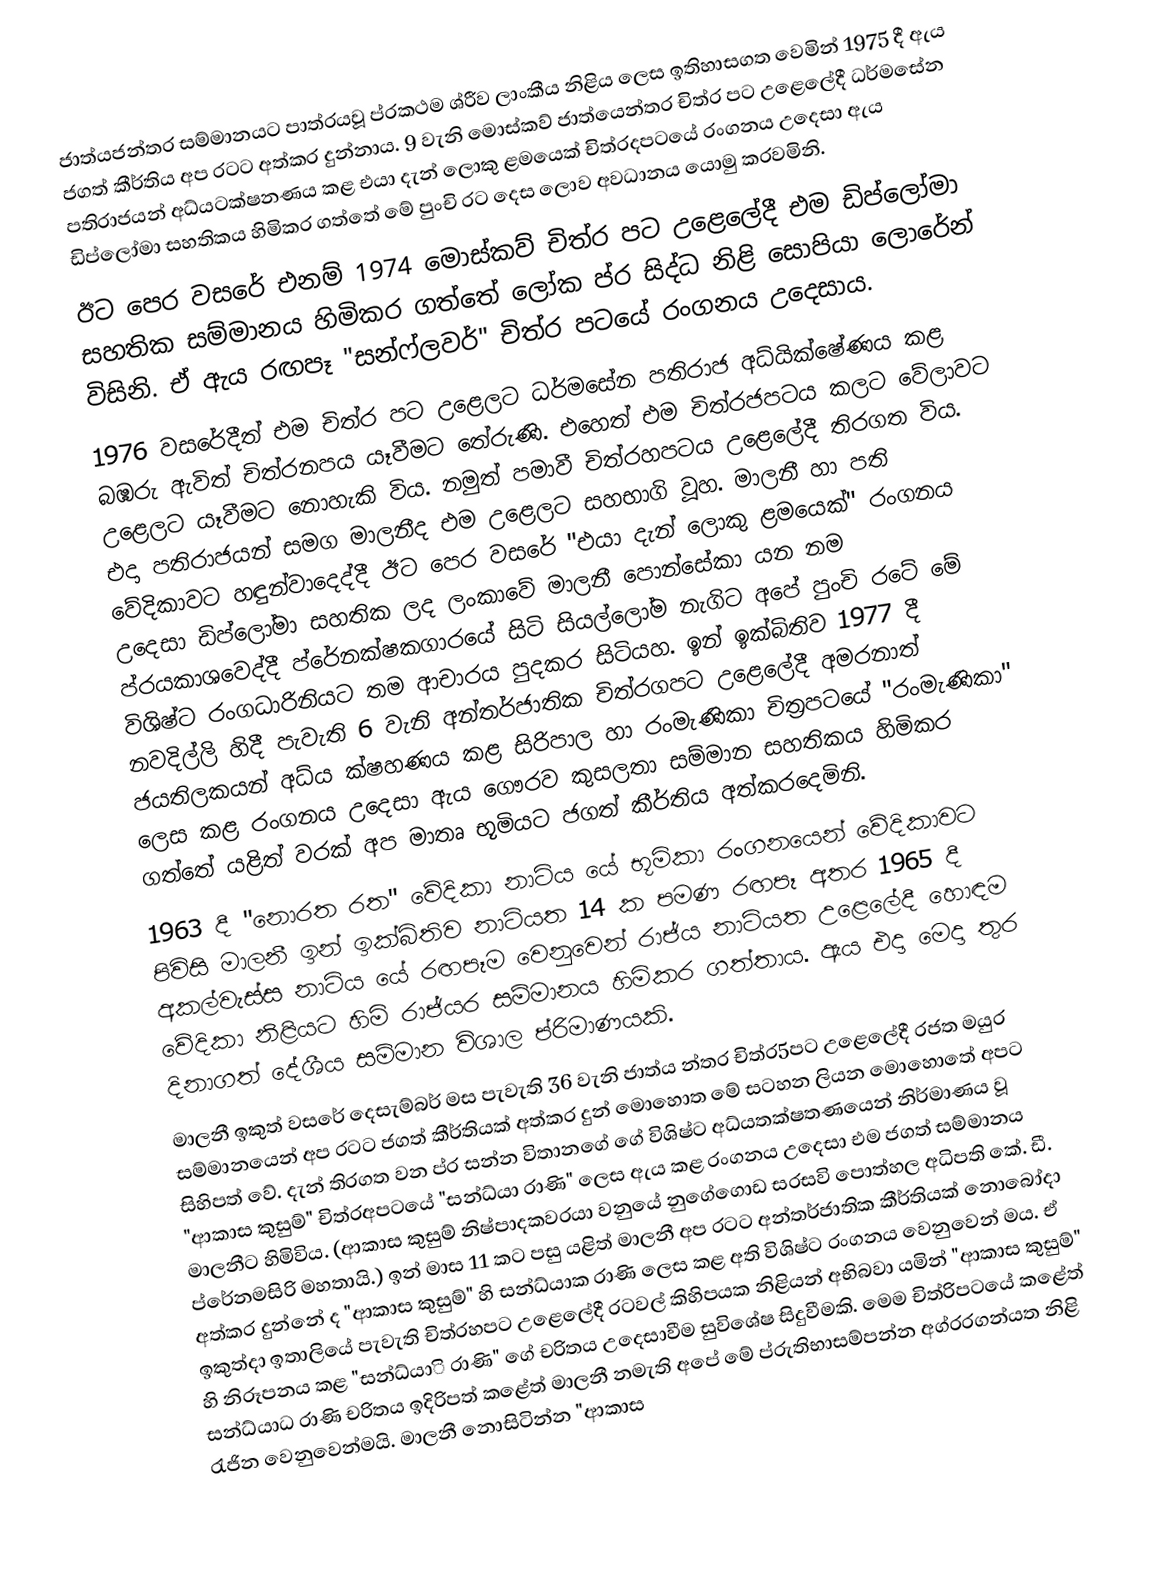
ජාත්යජන්තර සම්මානයට පාත්රයවූ ප්රකථම ශ්රීව ලාංකීය නිළිය ලෙස ඉතිහාසගත වෙමින් 1975 දී ඇය ජගත් කීර්තිය අප රටට අත්කර දුන්නාය. 9 වැනි මොස්‌කව් ජාත්යෙන්තර චිත්ර පට උළෙලේදී ධර්මසේන පතිරාජයන් අධ්යටක්ෂනණය කළ එයා දැන් ලොකු ළමයෙක්‌ චිත්රදපටයේ රංගනය උදෙසා ඇය ඩිප්ලෝමා සහතිකය හිමිකර ගත්තේ මේ පුංචි රට දෙස ලොව අවධානය යොමු කරවමිනි.
ඊට පෙර වසරේ එනම් 1974 මොස්‌කව් චිත්ර පට උළෙලේදී එම ඩිප්ලෝමා සහතික සම්මානය හිමිකර ගත්තේ ලෝක ප්ර සිද්ධ නිළි සොපියා ලොරේන් විසිනි. ඒ ඇය රඟපෑ "සන්ෆ්ලවර්" චිත්ර පටයේ රංගනය උදෙසාය.
1976 වසරේදීත් එම චිත්ර පට උළෙලට ධර්මසේන පතිරාජ අධ්යික්ෂේණය කළ බඹරු ඇවිත් චිත්රනපය යෑවීමට තේරුණි. එහෙත් එම චිත්රජපටය කලට වේලාවට උළෙලට යෑවීමට නොහැකි විය. නමුත් පමාවී චිත්රහපටය උළෙලේදී තිරගත විය. එදා පතිරාජයන් සමග මාලනීද එම උළෙලට සහභාගි වූහ. මාලනී හා පති වේදිකාවට හඳුන්වාදෙද්දී ඊට පෙර වසරේ "එයා දැන් ලොකු ළමයෙක්‌" රංගනය උදෙසා ඩිප්ලෝමා සහතික ලද ලංකාවේ මාලනී පොන්සේකා යන නම ප්රයකාශවෙද්දී ප්රේනක්‌ෂකගාරයේ සිටි සියල්ලෝම නැගිට අපේ පුංචි රටේ මේ විශිෂ්ට රංගධාරිනියට තම ආචාරය පුදකර සිටියහ. ඉන් ඉක්‌බිතිව 1977 දී නවදිල්ලි හිදී පැවැති 6 වැනි අන්තර්ජාතික චිත්රගපට උළෙලේදී අමරනාත් ජයතිලකයන් අධ්ය ක්ෂහණය කළ සිරිපාල හා රංමැණිකා චිත්‍රපටයේ "රංමැණිකා" ලෙස කළ රංගනය උදෙසා ඇය ගෞරව කුසලතා සම්මාන සහතිකය හිමිකර ගත්තේ යළිත් වරක්‌ අප මාතෘ භූමියට ජගත් කීර්තිය අත්කරදෙමිනි.
1963 දී "නොරත රත" වේදිකා නාට්ය යේ භූමිකා රංගනයෙන් වේදිකාවට පිවිසි මාලනී ඉන් ඉක්‌බිතිව නාට්යත 14 ක පමණ රඟපෑ අතර 1965 දී අකල්වැස්‌ස නාට්ය යේ රඟපෑම වෙනුවෙන් රාජ්ය  නාට්යත උළෙලේදී හොඳම වේදිකා නිළියට හිමි රාජ්යර සම්මානය හිමිකර ගත්තාය. ඇය එදා මෙදා තුර දිනාගත් දේශීය සම්මාන විශාල ප්රිමාණයකි.
මාලනී ඉකුත් වසරේ දෙසැම්බර් මස පැවැති 36 වැනි ජාත්ය න්තර චිත්ර5පට උළෙලේදී රජත මයුර සම්මානයෙන් අප රටට ජගත් කීර්තියක්‌ අත්කර දුන් මොහොත මේ සටහන ලියන මොහොතේ අපට සිහිපත් වේ. දැන් තිරගත වන ප්ර සන්න විතානගේ ගේ විශිෂ්ට අධ්යතක්ෂතණයෙන් නිර්මාණය වූ "ආකාස කුසුම්" චිත්රඅපටයේ "සන්ධ්යා රාණි" ලෙස ඇය කළ රංගනය උදෙසා එම ජගත් සම්මානය මාලනීට හිමිවිය. (ආකාස කුසුම් නිෂ්පාදකවරයා වනුයේ නුගේගොඩ සරසවි පොත්හල අධිපති කේ. ඩී. ප්රේනමසිරි මහතායි.) ඉන් මාස 11 කට පසු යළිත් මාලනී අප රටට අන්තර්ජාතික කීර්තියක්‌ නොබෝදා අත්කර දුන්නේ ද "ආකාස කුසුම්" හි සන්ධ්යාක රාණි ලෙස කළ අති විශිෂ්ට රංගනය වෙනුවෙන් මය. ඒ ඉකුත්දා ඉතාලියේ පැවැති චිත්රහපට උළෙලේදී රටවල් කිහිපයක නිළියන් අභිබවා යමින් "ආකාස කුසුම්" හි නිරූපනය කළ "සන්ධ්යාි රාණි" ගේ චරිතය උදෙසාවීම සුවිශේෂ සිදුවීමකි. මෙම චිත්රිපටයේ කළේත් සන්ධ්යාධ රාණි චරිතය ඉදිරිපත් කළේත් මාලනී නමැති අපේ මේ ප්රුතිභාසම්පන්න අග්රරගන්යත නිළි රැජින වෙනුවෙන්මයි. මාලනී නොසිටින්න "ආකාස